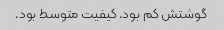
گوشتش کم بود. کیفیت متوسط بود.